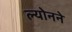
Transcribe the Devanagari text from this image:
ल्योनने